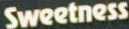
Sweetness